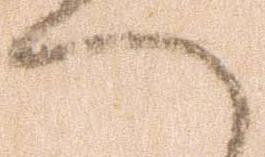
へ